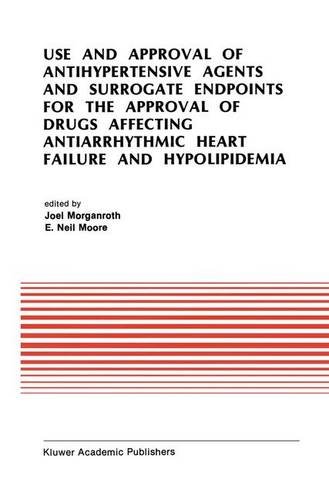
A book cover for Use and Approval of Antihypertensive Agents and Surrogate Endpoints for the Approval of Drugs Affecting Antiarrhythmic Heart Failure and ... (Developments in Cardiovascular Medicine); Medical Books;